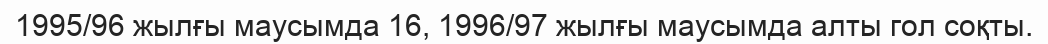
1995/96 жылғы маусымда 16, 1996/97 жылғы маусымда алты гол соқты.